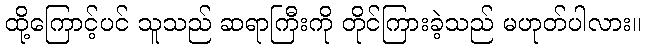
ထို့ကြောင့်ပင် သူသည် ဆရာကြီးကို တိုင်ကြားခဲ့သည် မဟုတ်ပါလား။